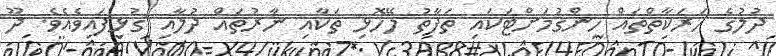
ދުލުގެ ހަރަކާތްތައް ހިންގުމަށްޓަކައި ތަފާތު ލޭހޮޅި ތަކާއި ނާރުތައް ދުލާއި ގުޅިފައިވެއެވެ. ދޫ